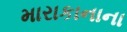
મારાકાનાના